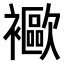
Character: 𧞨